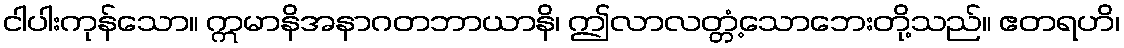
ငါပါးကုန်သော။ ဣမာနိအနာဂတဘာယာနိ၊ ဤလာလတ္တံ့သောဘေးတို့သည်။ ဧတရဟိ၊